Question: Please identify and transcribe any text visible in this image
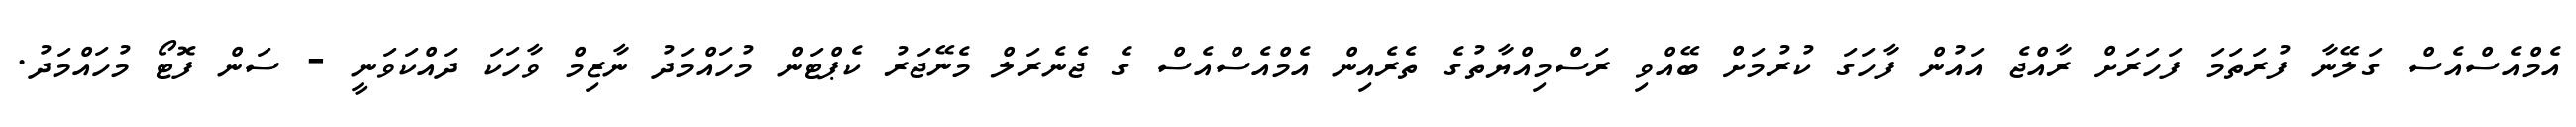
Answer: އެމްއެސްއެސް ގަލޭނާ ފުރަތަމަ ފަހަރަށް ރާއްޖެ އައުން ފާހަގަ ކުރުމަށް ބޭއްވި ރަސްމިއްޔާތުގެ ތެރެއިން އެމްއެސްއެސް ގެ ޖެނެރަލް މެނޭޖަރު ކެޕްޓަން މުހައްމަދު ނާޒިމް ވާހަކަ ދައްކަވަނީ - ސަން ފޮޓޯ މުހައްމަދު.